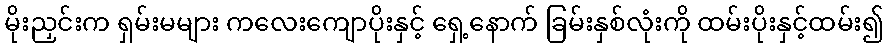
မိုးညှင်းက ရှမ်းမများ ကလေးကျောပိုးနှင့် ရှေ့နောက် ခြမ်းနှစ်လုံးကို ထမ်းပိုးနှင့်ထမ်း၍